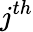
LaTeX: j^{th}